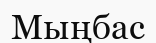
Мыңбас